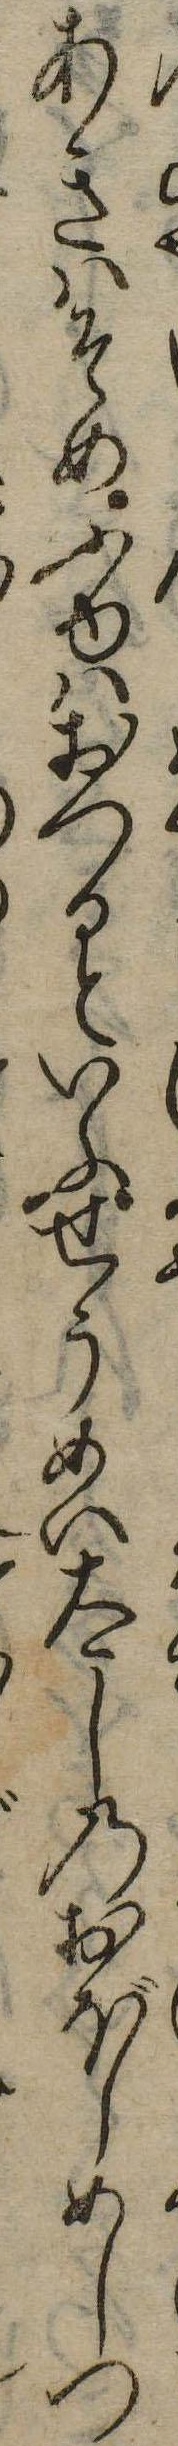
あきはそめふゆはおつるといふせうめい太しのおぼしめしつ